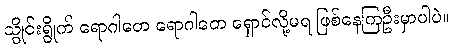
သွိုင်းရွိုက် ရောဂါတေ ရောဂါတေ ရှောင်လို့မရ ဖြစ်နေကြဦးမှာပါပဲ။